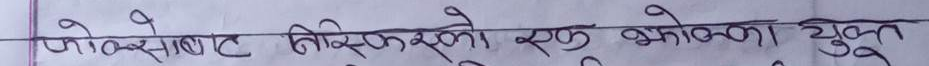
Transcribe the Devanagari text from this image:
फोक्सबाट बिस्कुटको एक झोका युक्त